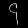
Digit: ၄